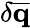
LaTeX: \delta\mathbf{\overline{{{q}}}}